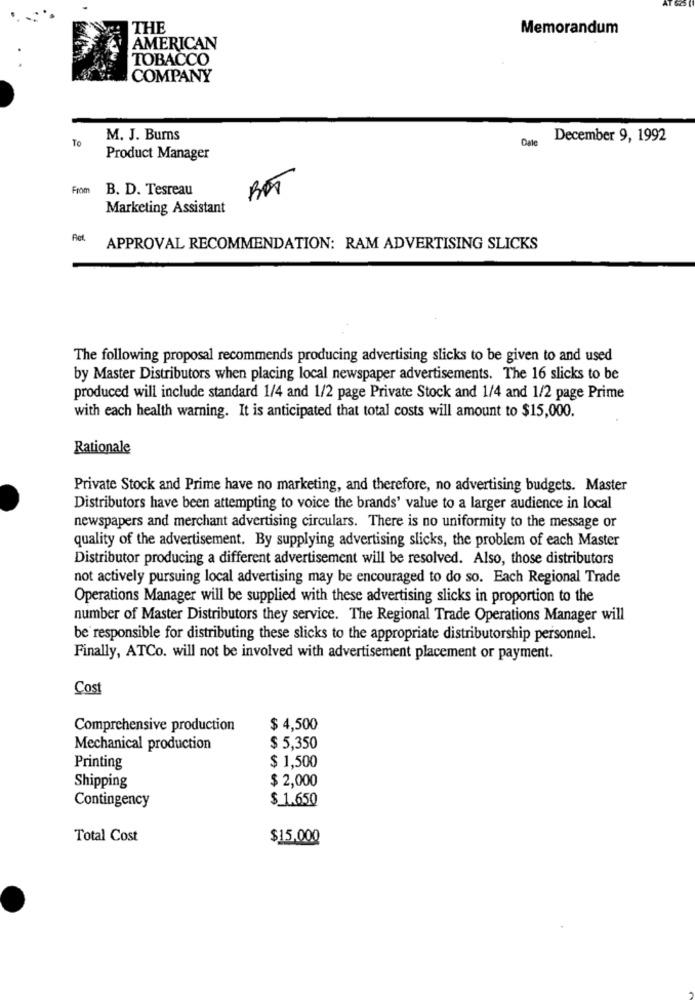
THE
Memorandum
AMERICAN
TOBACCO
COMPANY
To
M. J. Burns
Date
December 9, 1992
Product Manager
From B. D. Tesreau
BOT
Marketing Assistant
APPROVAL RECOMMENDATION: RAM ADVERTISING SLICKS
The following proposal recommends producing advertising slicks to be given to and used
by Master Distributors when placing local newspaper advertisements. The 16 slicks to be
produced will include standard 1/4 and 1/2 page Private Stock and 1/4 and 1/2 page Prime
with each health warning. It is anticipated that total costs will amount to $15,000.
Rationale
Private Stock and Prime have no marketing, and therefore, no advertising budgets. Master
Distributors have been attempting to voice the brands' value to a larger audience in local
newspapers and merchant advertising circulars. There is no uniformity to the message or
quality of the advertisement. By supplying advertising slicks, the problem of each Master
Distributor producing a different advertisement will be resolved. Also, those distributors
not actively pursuing local advertising may be encouraged to do so. Each Regional Trade
Operations Manager will be supplied with these advertising slicks in proportion to the
number of Master Distributors they service. The Regional Trade Operations Manager will
be responsible for distributing these slicks to the appropriate distributorship personnel.
Finally, ATCo. will not be involved with advertisement placement or payment.
Cost
Comprehensive production
$ 4,500
Mechanical production
$ 5,350
Printing
$ 1,500
$ 2,000
Shipping
Contingency
$ 1.650
Total Cost
$15.000